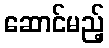
ဆောင်မည့်